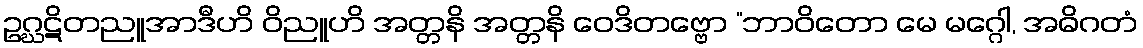
ဥဂ္ဃဋိတညူအာဒီဟိ ဝိညူဟိ အတ္တနိ အတ္တနိ ဝေဒိတဗ္ဗော “ဘာဝိတော မေ မဂ္ဂေါ, အဓိဂတံ